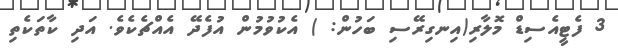
3 ފެޓީއެސިޑް މޮލާރި(އިނގިރޭސި ބަހުން: ) އެކުވުމުން އުފެދޭ އެއްޗެކެވެ. އަދި ކާތަކެތި